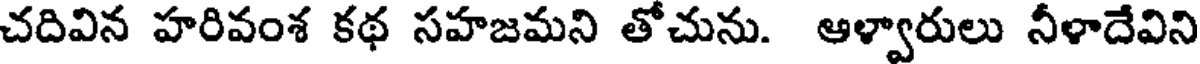
చదివిన హరివంశ కథ సహజమని తోచును. ఆళ్వారులు నీళాదేవిని